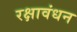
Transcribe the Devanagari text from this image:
रक्षावंधन